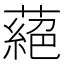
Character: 蕝